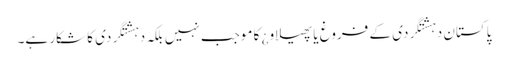
پاکستان دہشتگردی کے فروغ یا پھیلاو¿ کا موجب نہیں بلکہ دہشتگردی کا شکار ہے۔